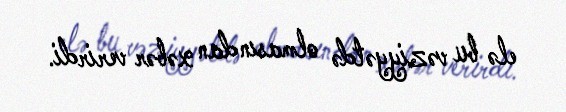
elə bu vəziyyətdə olmasından xəbər verirdi.